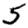
Digit: 5